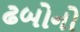
ઢબોનો